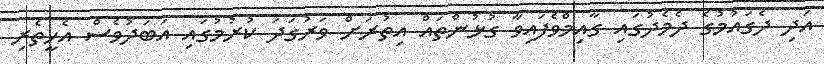
އަދި ދެގައުމުގެ ދެމެދުގައި ގާއިމްވެފައިވާ ގުޅުންތައް އިތުރަށް ވަރުގަދަ ކުރުމުގައި އަބަދުވެސް އެހީތެރި